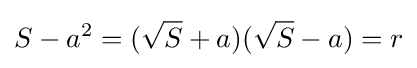
S-a^{2}=({\sqrt {S}}+a)({\sqrt {S}}-a)=r